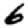
Digit: 6